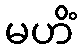
မဟိံ